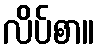
လိပ်စာ။